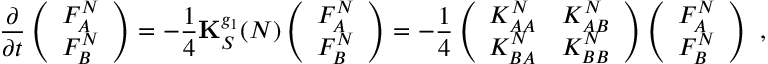
{ \frac { \partial } { \partial t } } \left( \begin{array} { c } { { F _ { A } ^ { N } } } \\ { { { F _ { B } ^ { N } } } } \end{array} \right) = - { \frac { 1 } { 4 } } { \bf K } _ { S } ^ { g _ { 1 } } ( N ) \left( \begin{array} { c } { { F _ { A } ^ { N } } } \\ { { { F _ { B } ^ { N } } } } \end{array} \right) = - { \frac { 1 } { 4 } } \left( \begin{array} { c c } { { K _ { A A } ^ { N } } } & { { K _ { A B } ^ { N } } } \\ { { K _ { B A } ^ { N } } } & { { K _ { B B } ^ { N } } } \end{array} \right) \left( \begin{array} { c } { { F _ { A } ^ { N } } } \\ { { { F _ { B } ^ { N } } } } \end{array} \right) ~ ,